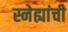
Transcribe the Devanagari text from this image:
स्नेह्यांची